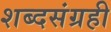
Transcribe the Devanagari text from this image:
शब्दसंग्रही